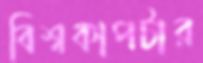
বিশ্বকাপটার